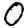
Digit: 0